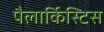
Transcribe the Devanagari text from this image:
पैलार्किस्टिस